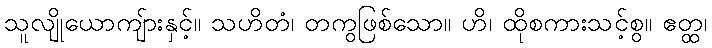
သူလျိုယောကျ်ားနှင့်။ သဟိတံ၊ တကွဖြစ်သော။ ဟိ၊ ထိုစကားသင့်စွ။ ဧတ္ထ၊